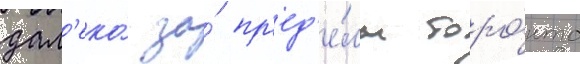
дал'еко́ за́ пр'ед'е́лы торо́нто